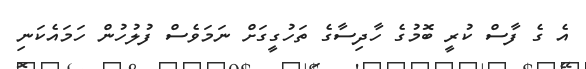
އެ ގެ ފާސް ކުރީ ބޮމުގެ ހާދިސާގެ ތަހުގީގަށް ނަމަވެސް ފުލުހުން ހަމައެކަނި